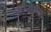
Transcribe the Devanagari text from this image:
जौरुमल